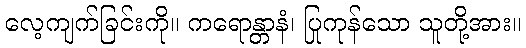
လေ့ကျက်ခြင်းကို။ ကရောန္တာနံ၊ ပြုကုန်သော သူတို့အား။